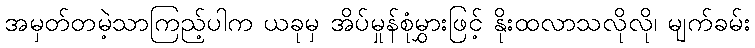
အမှတ်တမဲ့သာကြည့်ပါက ယခုမှ အိပ်မှုန်စုံမွှားဖြင့် နိုးထလာသလိုလို၊ မျက်ခမ်း